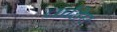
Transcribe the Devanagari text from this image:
चाहिए